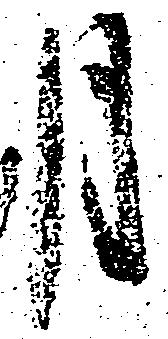
月